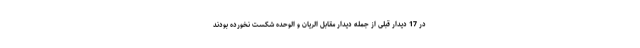
در 17 دیدار قبلی از جمله دیدار مقابل الریان و الوحده شکست نخورده بودند